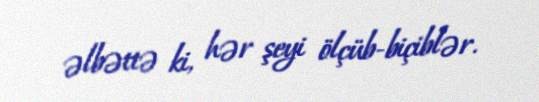
əlbəttə ki, hər şeyi ölçüb-biçiblər.